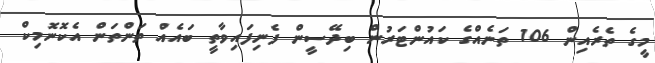
މީގެ ތެރެއިން 106 ތަނެއްގެ ކައުންޓަރުން ބިދޭސީން ފެނިފައިވާތީ ބައެއް ތަންތަން އެކޮނޮމިކް